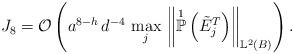
LaTeX: \begin{align*}J_{8} = \mathcal{O}\left(a^{8-h} \, d^{-4} \, \max_j \,\left\Vert \overset{1}{\mathbb{P}}\left( \tilde{E}^{T}_j\right) \right\Vert_{\mathbb{L}^{2}(B)}\right). \end{align*}